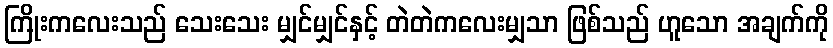
ကြိုးကလေးသည် သေးသေး မျှင်မျှင်နှင့် တဲတဲကလေးမျှသာ ဖြစ်သည် ဟူသော အချက်ကို